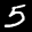
Label: 5